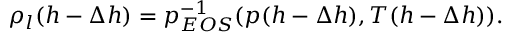
\rho _ { l } ( h - \Delta h ) = p _ { E O S } ^ { - 1 } ( p ( h - \Delta h ) , T ( h - \Delta h ) ) .